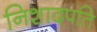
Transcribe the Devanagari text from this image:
निशादपति